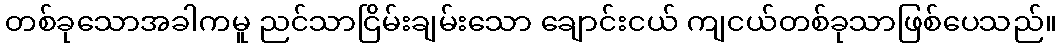
တစ်ခုသောအခါကမူ ညင်သာငြိမ်းချမ်းသော ချောင်းငယ် ကျငယ်တစ်ခုသာဖြစ်ပေသည်။